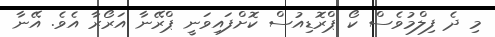
މި ދެ ފިލްމުވެސް ކޯ ޕްރޮޑިއުސް ކޮށްފައިވަނީ ޕްރޭނާ އަރޯރާ އެވެ. އޭނާ